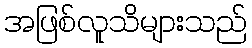
အဖြစ်လူသိများသည်